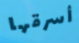
أسرقها